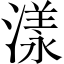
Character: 漾